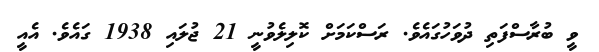
ވީ ބުރާސްފަތި ދުވަހުގައެވެ. ރަސްކަމަށް ކޮލިލެވުނީ 21 ޖުލައި 1938 ގައެވެ. އެއީ